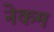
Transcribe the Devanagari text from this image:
नेकम